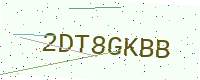
Text: 2DT8GKBB